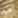
عليه